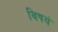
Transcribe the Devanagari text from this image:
विषयं